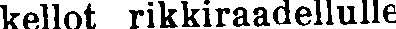
kellot rikkiraadellulle